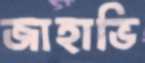
জাহাভি